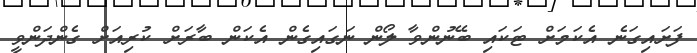
ފަށައިގަނެ އެކަމަށް ޓަކައި ބޭނުންވާ ލޯން ނަގައިގެން އެކަން ބާރަށް ކުރިއަށް ގެންދަންވީ